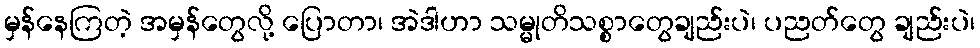
မှန်နေကြတဲ့ အမှန်တွေလို့ ပြောတာ၊ အဲဒါဟာ သမ္မုတိသစ္စာတွေချည်းပဲ၊ ပညတ်တွေ ချည်းပဲ၊